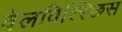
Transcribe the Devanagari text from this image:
वेलवित्स्छिस